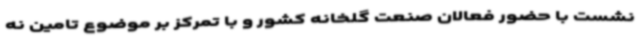
نشست با حضور فعالان صنعت گلخانه کشور و با تمرکز بر موضوع تامین نه